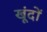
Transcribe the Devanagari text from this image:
खूंदों